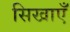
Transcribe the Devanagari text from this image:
सिखाएँ